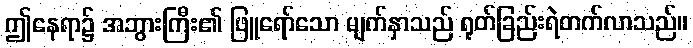
ဤနေရာ၌ အဘွားကြီး၏ ဖြူရော်သော မျက်နှာသည် ရုတ်ခြည်းရဲတက်လာသည်။